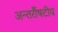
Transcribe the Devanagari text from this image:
अन्तर्रौषटीय